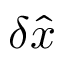
\delta \hat { x }